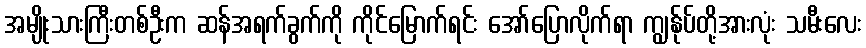
အမျိုးသားကြီးတစ်ဦးက ဆန်အရက်ခွက်ကို ကိုင်မြောက်ရင်း အော်ပြောလိုက်ရာ ကျွန်ုပ်တို့အားလုံး သမီးလေး